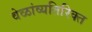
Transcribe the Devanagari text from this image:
वेळांव्यतिरिक्त